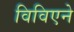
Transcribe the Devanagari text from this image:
विविएने